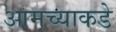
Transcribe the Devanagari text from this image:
आमच्‍याकडे